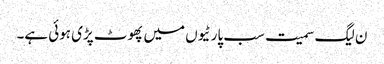
ن لیگ سمیت سب پارٹیوں میں پھوٹ پڑی ہوئی ہے۔